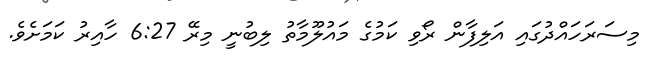
މިސަރަހައްދުގައި އަލިފާން ރޯވި ކަމުގެ މައުލޫމާތު ލިބުނީ މިރޭ 6:27 ހާއިރު ކަމަށެވެ.